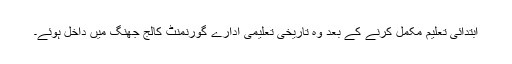
ابتدائی تعلیم مکمل کرنے کے بعد وہ تاریخی تعلیمی ادارے گورنمنٹ کالج جھنگ میں داخل ہوئے۔